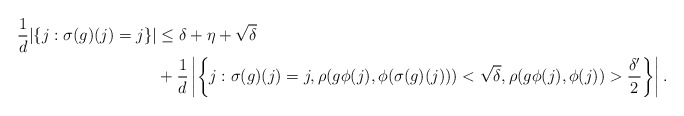
\begin{align*}\frac{1}{d}|\{j:\sigma(g)(j)=j\}|&\leq \delta+\eta+\sqrt{\delta}\\&+\frac{1}{d}\left|\left\{j:\sigma(g)(j)=j,\rho(g\phi(j),\phi(\sigma(g)(j)))<\sqrt{\delta},\rho(g\phi(j),\phi(j))>\frac{\delta'}{2}\right\}\right|.\end{align*}